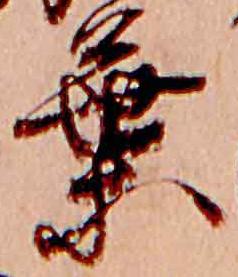
葉